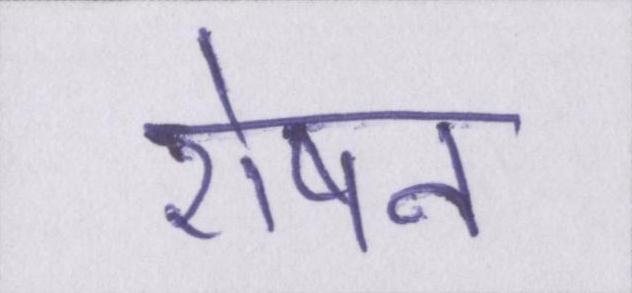
रोषन